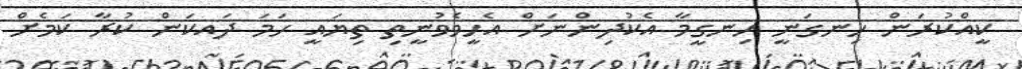
ކީއްކުރަން ހިނގަނީ ހިނގީމާ އެކުދިންނަށް އެހީވެވުނީތި ތިޔައީ ހަމަ ދައކަން ކުރާ ކަމެށް